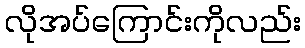
လိုအပ်ကြောင်းကိုလည်း